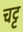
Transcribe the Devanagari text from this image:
चट्ट